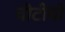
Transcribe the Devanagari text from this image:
चीटीयों